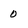
Character: 0